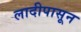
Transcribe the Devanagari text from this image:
लादीपासून